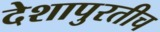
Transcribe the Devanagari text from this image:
देशापुरतीच